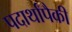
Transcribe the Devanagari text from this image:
पदार्थांपैकी